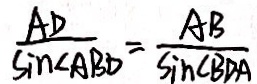
\frac { A D } { \sin \angle A B D } = \frac { A B } { \sin \angle B D A }